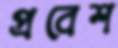
প্রবেশ